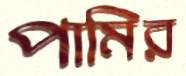
পামির